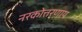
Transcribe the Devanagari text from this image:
नरकोत्तरणाय